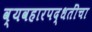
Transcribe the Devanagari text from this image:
व्यवहारपद्धतींचा